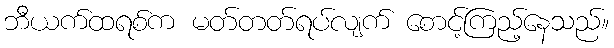
ဘီယက်ထရစ်က မတ်တတ်ရပ်လျက် စောင့်ကြည့်နေသည်။